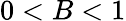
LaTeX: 0<B<1